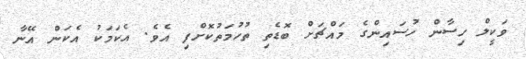
ވަކީލް ހިސާން ހުސައިންގެ މައްޗަށް ބޮޑެތި ތުހުމަތުކޮށްފި އެވެ. އެކަމަކު އެކަން އޭނާ